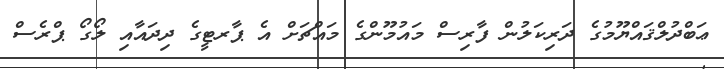
ޢަބްދުލްޤައްޔޫމުގެ ދަރިކަލުން ފާރިސް މައުމޫންގެ މައްޗަށް އެ ޕާރޓީގެ ދިދައާއި ލޯގޯ ޕްރެސް